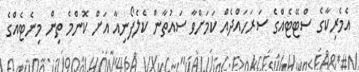
އެމެރިކާގެ ސްޓޭޓެއްގެ ސަރަހައްދެއް ކަމަށްވާ ސައުތާން ކެލެފޯނިއާ އަށް ކޮންމެ ތިން މިނެޓެއްގެ